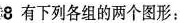
8 有下列各组的两个图形：